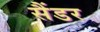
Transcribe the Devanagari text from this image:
सैंडर